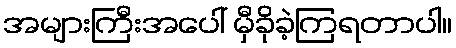
အများကြီးအပေါ် မှီခိုခဲ့ကြရတာပါ။